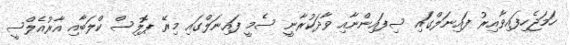
ހަމަޖެހިފައިވާއިރު ފައިނަލްގައި ސިފައިންނާއި ވާދަކުރާނީ ސެމީ ފައިނަލްގައި މިރޭ ޕޮލިސް ކްލަބާއި އާރުއެލްސީ